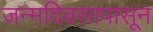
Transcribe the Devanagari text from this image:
जन्मदिवसापासून